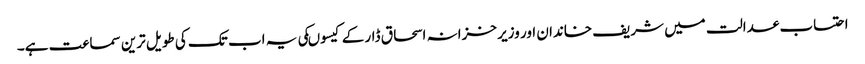
احتساب عدالت میں شریف خاندان اور وزیر خزانہ اسحاق ڈار کے کیسوںکی یہ اب تک کی طویل ترین سماعت ہے۔